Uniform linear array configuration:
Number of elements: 48
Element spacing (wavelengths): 1
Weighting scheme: uniform
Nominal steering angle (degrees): -15
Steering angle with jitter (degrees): -15.222
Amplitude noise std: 0.05
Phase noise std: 0.05

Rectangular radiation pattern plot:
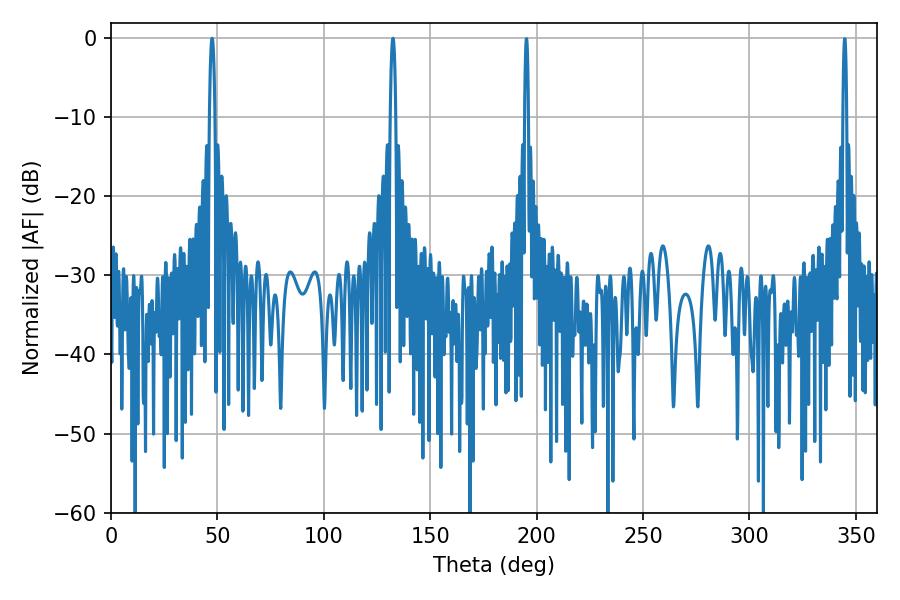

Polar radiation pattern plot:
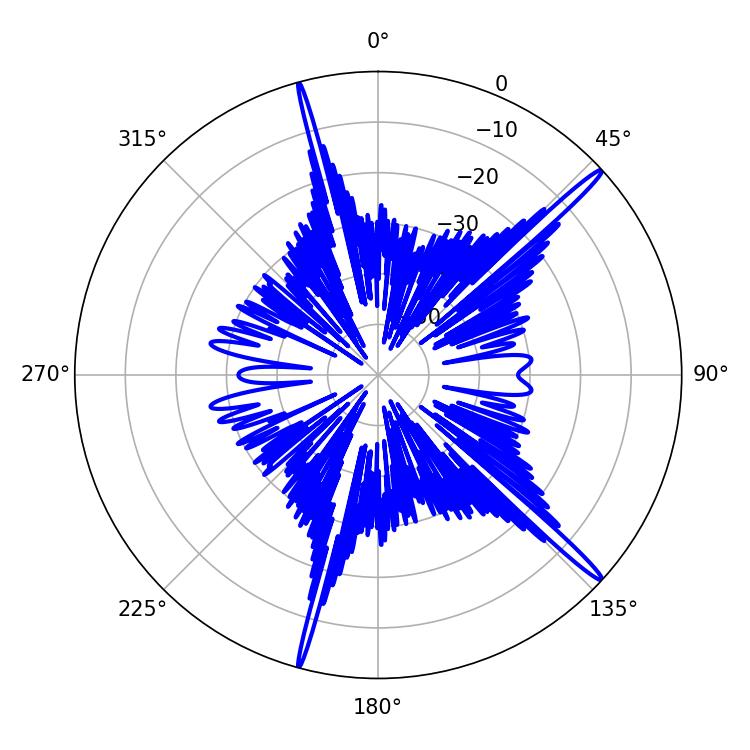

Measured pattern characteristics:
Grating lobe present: TRUE
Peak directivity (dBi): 17.757
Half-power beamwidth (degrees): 1.44
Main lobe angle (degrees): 47.52